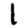
Digit: 1